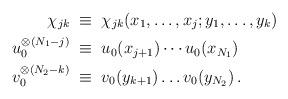
LaTeX: \begin{align*} \chi_{jk}\;&\equiv\;\chi_{jk}(x_1,\dots,x_j;y_1,\dots,y_k) \\ u_0^{\otimes(N_1-j)}\;&\equiv\;u_0(x_{j+1})\cdots u_0(x_{N_1}) \\ v_0^{\otimes(N_2-k)}\;&\equiv\;v_0(y_{k+1})\dots v_0(y_{N_2}) \,. \end{align*}